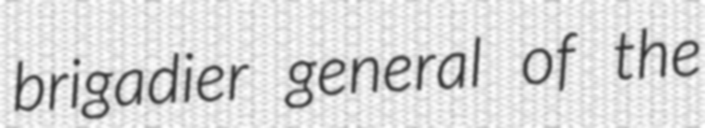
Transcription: brigadier general of the